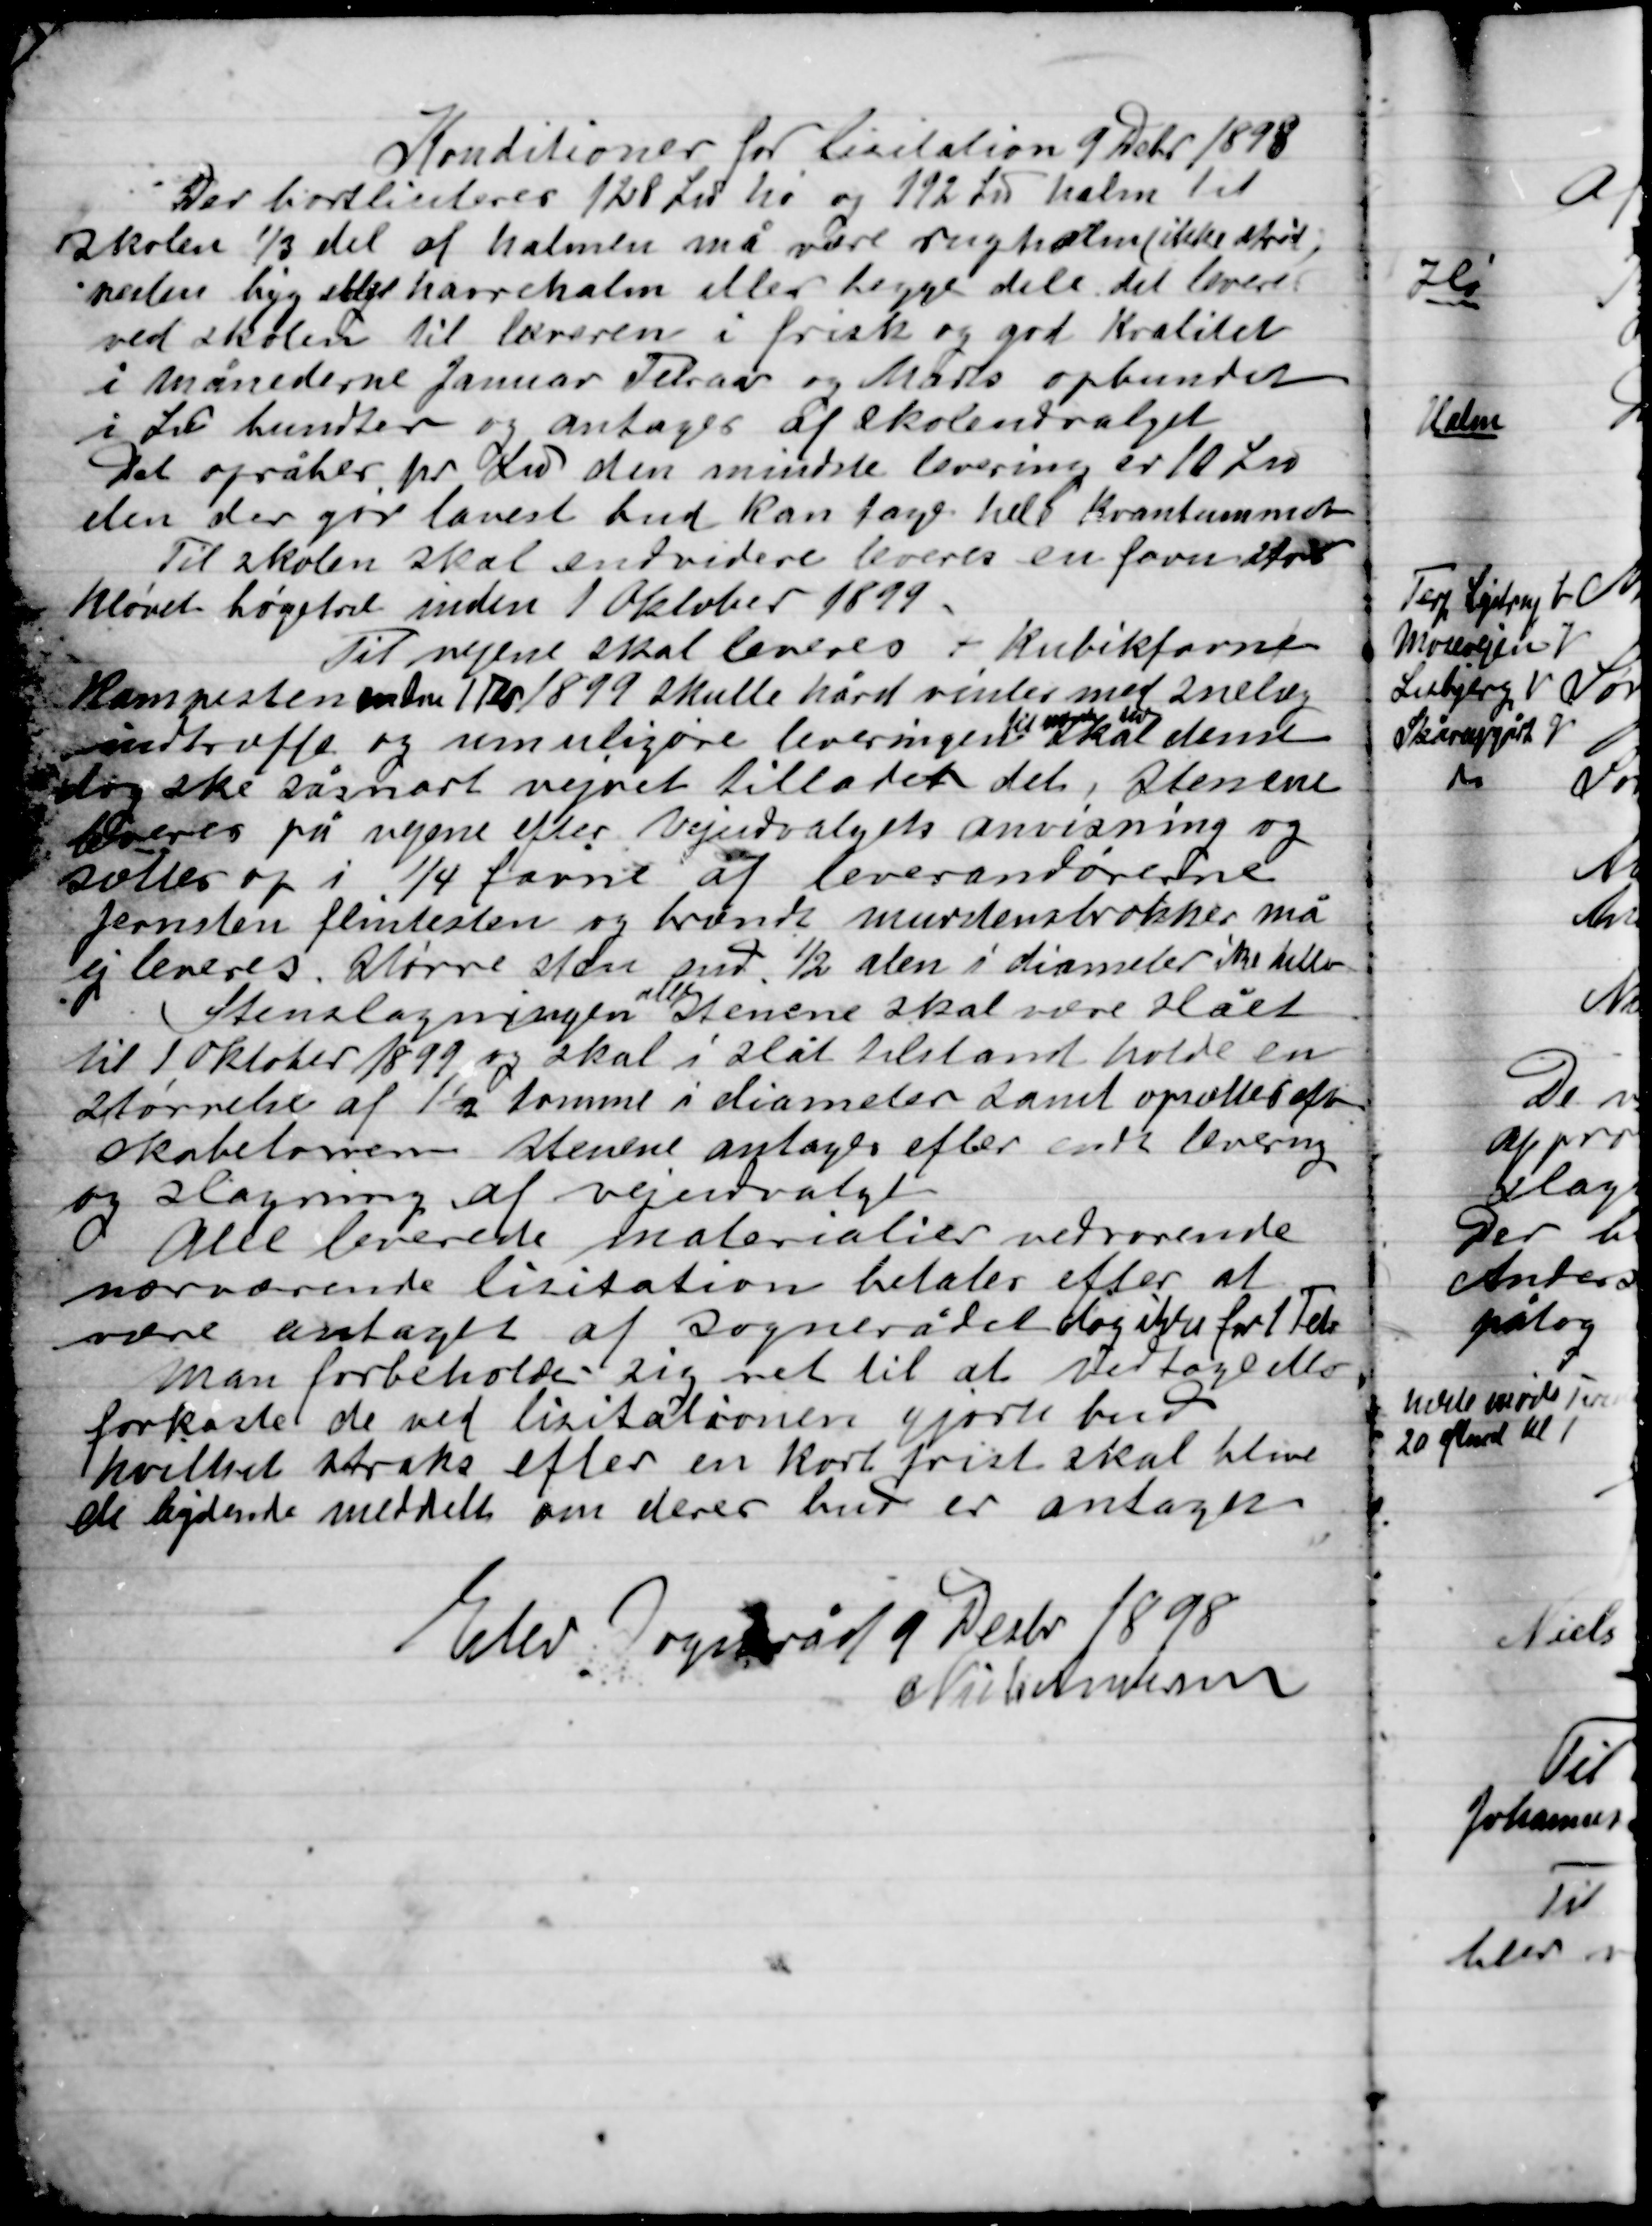
Transskription:
Konditioner for Licitation 9 Decbr. 1898
Der bortliciteres 128 læs hø og 192 læs halm til
Skolen 1/3 del af halmen må være rughalm (ikke strøt)
resten byg eller havrehalm eller lige dele det leveres
ved skolen til læreren i frisk og god Kvalitet
i månederne Januar, Februar og Marts opbundet
i Læs bundter og antages af skoleudvalget
Det opråber pr Læs den mindste levering er 10 Læs
den der gør lavest bud kan tage hele Kvantummet
Til skolen skal endvidere leveres en favn stor
kløvet bøgetræ inden 1 Oktober 1899

Til vejene skal leveres 7 Kubikfavne
Kampesten inden 1 Fbr. 1899 skulle hård vinter med snelæg
indtræffe og umuliggøre leveringen
til nævnte tid
skal denne
dog ske såsnart vejret tillader det, stenene
leveres på vejene efter vejudvalgets anvisning og
sættes op i ¼ favne af leverandørerne
jernsten flintesten og brændte murestensbrokker må
ej leveres. Større sten end ½ alen i diameter ikke dette
Stenslagningen
alle
stenene skal være slået
til 1 Oktober 1899 og skal i slået tilstand holde en
størrelse af 1½ tomme i diameter samt opsættes efter
skabelonen stenene antages efter endt levering
og slagning af vejudvalget
Alle leverede materialer vedrørende
nærværende licitation betales efter at
være antaget af Sognerådet dog efter for 1 Febr.
man forbeholde sig ret til at vedtage eller
forkaste de ved licitationen gjorte bud
hvilket straks efter en kort frist skal blive
de bydende meddelt om deres bud er antaget

Elev Sogneråd 9 Decbr. 1898
Niels Andersen